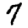
Digit: 7